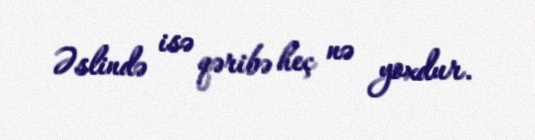
Əslində isə qəribə heç nə yoxdur.